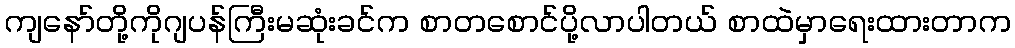
ကျနော်တို့ကိုဂျပန်ကြီးမဆုံးခင်က စာတစောင်ပို့လာပါတယ် စာထဲမှာရေးထားတာက